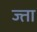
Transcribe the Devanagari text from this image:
ज्ता